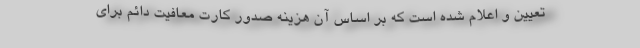
تعیین و اعلام شده است که بر اساس آن هزینه صدور کارت معافیت دائم برای